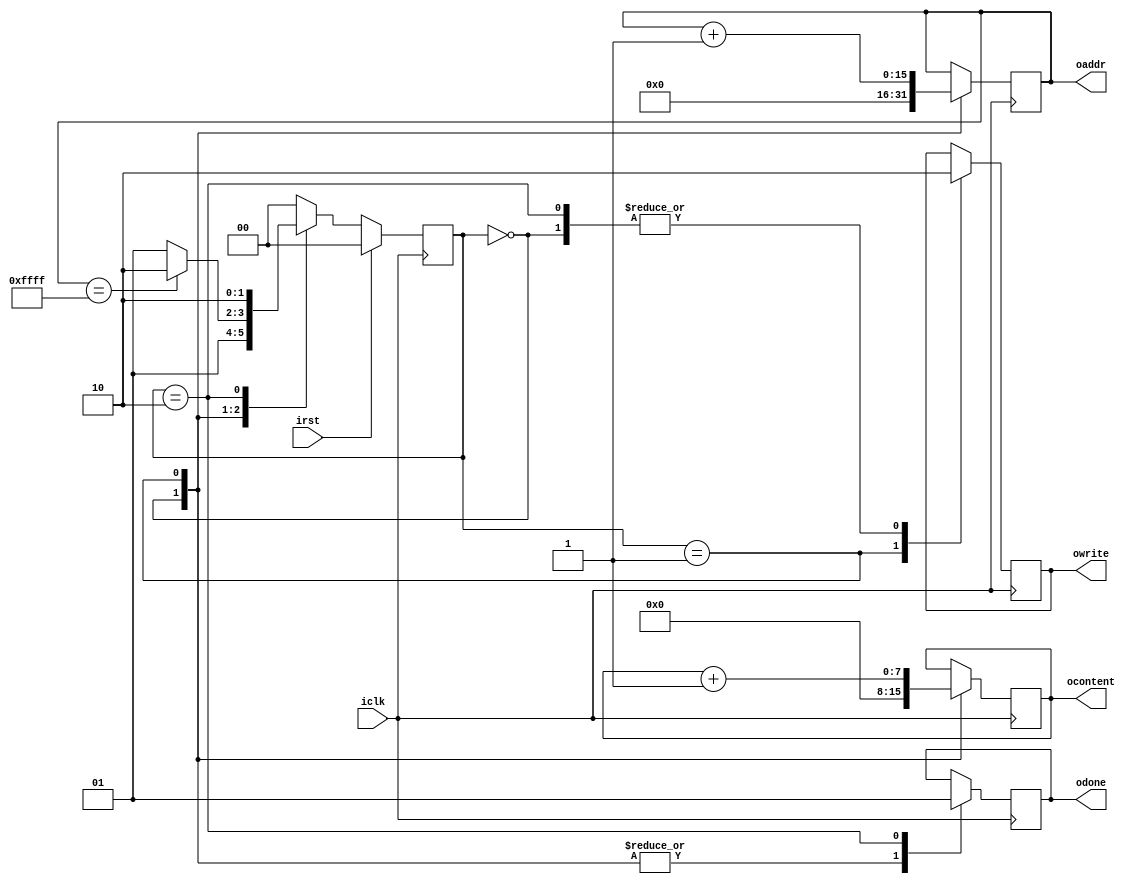
module statemachine(
	input iclk,
	input irst,
	output reg [15:0] oaddr,
	output reg [7:0] ocontent,
	output reg owrite,
	output reg odone
);

	parameter IDLE = 2'b00,
	          FILLING = 2'b01,
				 DONE = 2'b10;

   wire [1:0] next_state = next_state_fun(irst, state, oaddr);
	reg [1:0] state = IDLE;
	
	function [1:0] next_state_fun(input irst, input [2:0] current_state, input [15:0] address);
		if (irst) begin
			next_state_fun = IDLE;
		end else begin
			case(current_state)
			IDLE: next_state_fun = FILLING;
			FILLING: begin
				if (address == 16'hFFFF) begin
					next_state_fun = DONE;
				end else begin
					next_state_fun = FILLING;
				end
			end
			DONE: next_state_fun = DONE;
			default: next_state_fun = IDLE;
			endcase
		end
	endfunction
		
always@(posedge iclk) begin
	state <= next_state;
end

always@(posedge iclk) begin
	case(state)
	IDLE: begin
		oaddr <= 8'b0;
		ocontent <= 8'b0;
		owrite <= 1'b0;
		odone <= 1'b0;
	end
	FILLING: begin
		oaddr <= oaddr + 16'b1;
		ocontent <= ocontent + 8'b1;
		owrite <= 1'b1;
		odone <= 1'b0;
	end
	DONE: begin
		oaddr <= oaddr;
		ocontent <= ocontent;
		owrite <= 1'b0;
		odone <= 1'b1;
	end
	endcase
end

endmodule